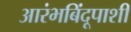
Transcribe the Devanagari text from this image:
आरंभबिंदूपाशी